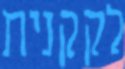
לקקנית